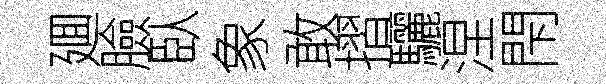
廽臉臥象敢摺驪涅閇